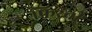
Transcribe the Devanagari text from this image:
फिरवी